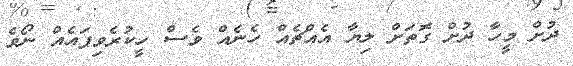
ދުށް މީހާ ދުށް ގޮތަށް ލިޔާ އެއްޗެއް ހެނެއް ވެސް ހީކުރެވިފައެއް ނޯވެ